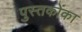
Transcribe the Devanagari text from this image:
पुस्‍तकोंका